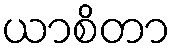
ယာစိတာ